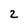
Character: 2